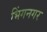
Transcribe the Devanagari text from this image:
भिंगनगर